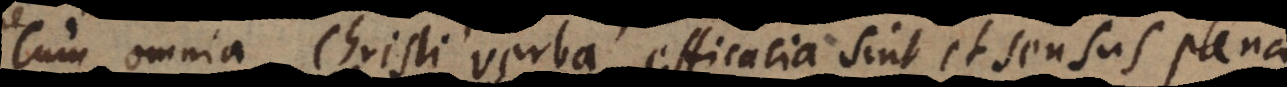
cum omnia Christi verba efficacia sint, et sensus plena